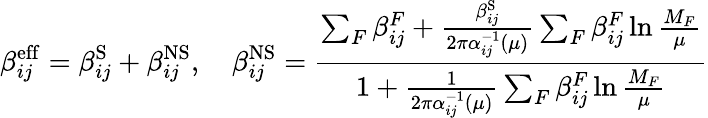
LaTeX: \beta_{ij}^{\mathrm{eff}}=\beta_{ij}^{\mathrm{S}}+\beta_{ij}^{\mathrm{NS}},~~~~\beta_{ij}^{\mathrm{NS}}=\frac{\sum_{F}\beta_{ij}^{F}+\frac{\beta_{ij}^{\mathrm{S}}}{2\pi\alpha_{ij}^{-1}(\mu)}\sum_{F}\beta_{ij}^{F}\ln\frac{M_{F}}{\mu}}{1+\frac{1}{2\pi\alpha_{ij}^{-1}(\mu)}\sum_{F}\beta_{ij}^{F}\ln\frac{M_{F}}{\mu}}